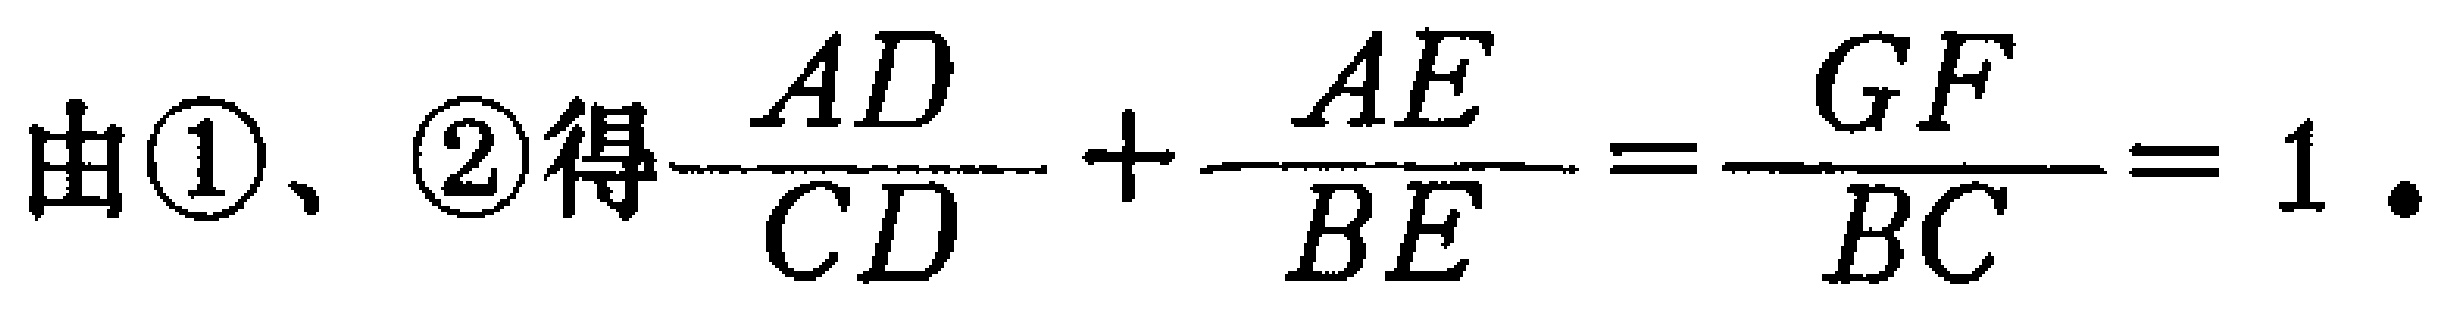
由\textcircled{1}、\textcircled{2}得\(\frac{AD}{CD}+\frac{AE}{BE}=\frac{GF}{BC}=1\).